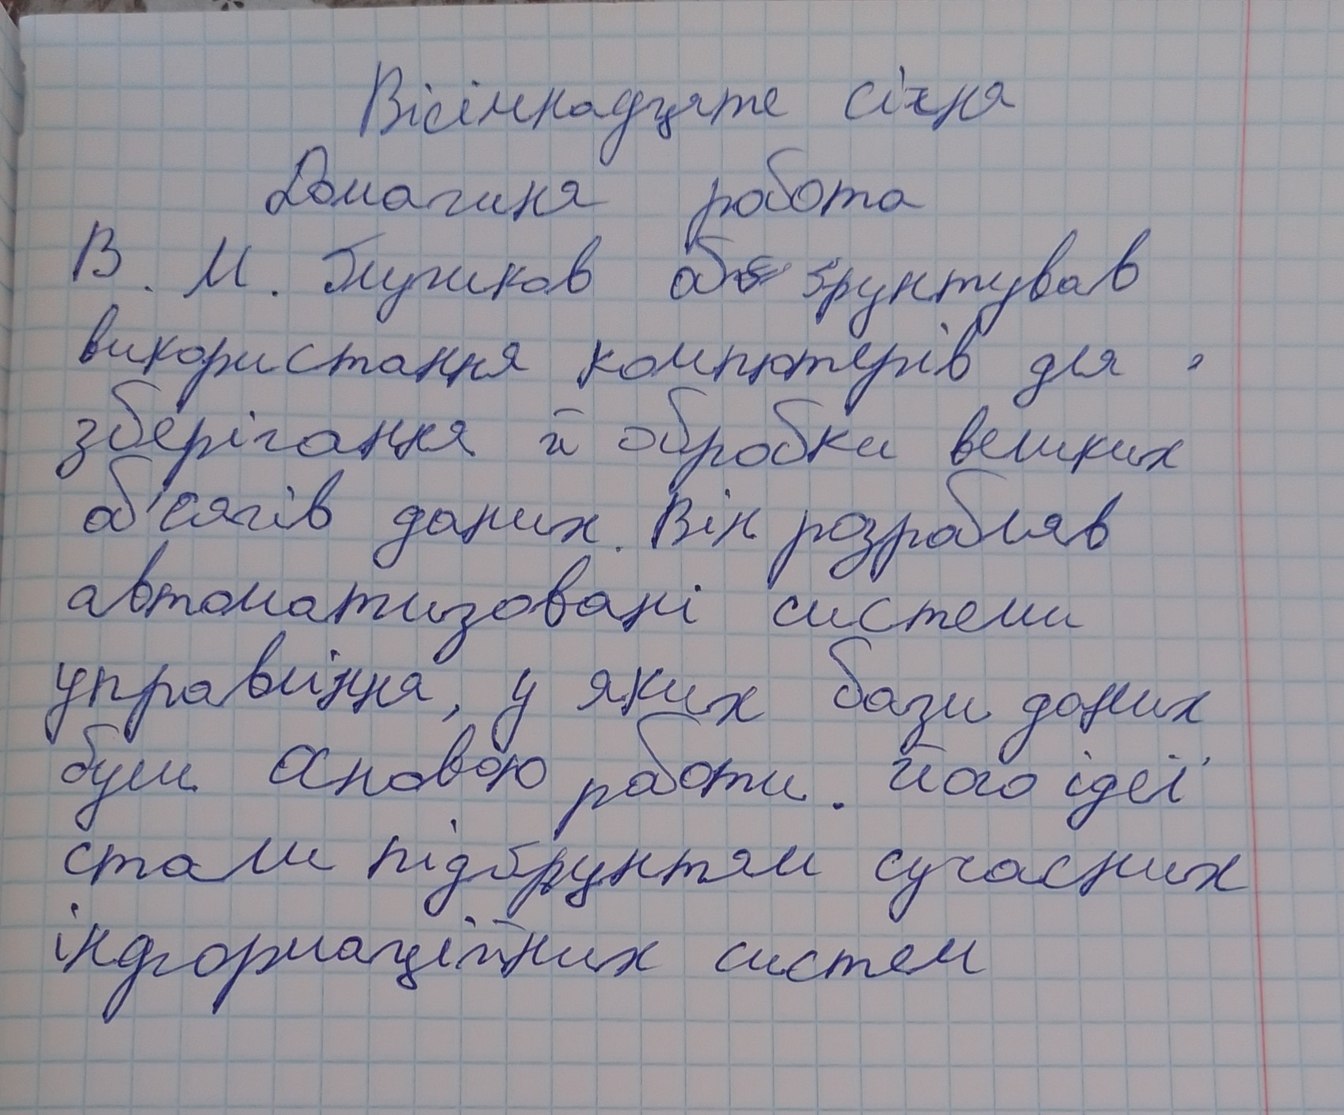
Вісімнадцяте січня
Домашня робота
В. М. Глушков об~~[Illegible]~~ґрунтував
використання комп'ютерів для ,
зберігання й обробки великих
об'сягів даних. Він розробляв
автоматизовані системи
управління, у яких бази даних
були основою роботи. його ідеї
стали підґрунтям сучасних
інформаційних систем